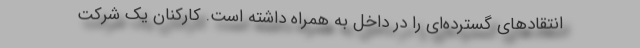
انتقادهای گسترده‌ای را در داخل به همراه داشته است. کارکنان یک شرکت